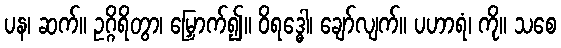
ပန၊ ဆက်။ ဥဂ္ဂိရိတွာ၊ မြှောက်၍။ ဝိရဒ္ဓေါ၊ ချော်လျက်။ ပဟာရံ၊ ကို။ သစေ